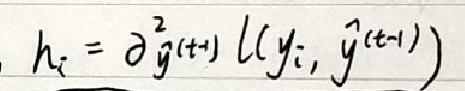
\[ h_i = \partial_{\hat{y}^{(t+1)}}^2 L(y_i, \hat{y}^{(t+1)}) \]